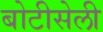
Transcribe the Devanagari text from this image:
बोटीसेली